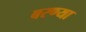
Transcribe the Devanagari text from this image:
बरण्या